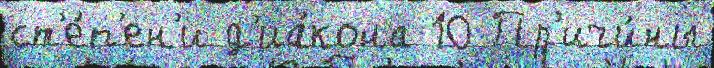
ст'е́п'ен'и д'иа́кона 10 Пр'ичи́ны